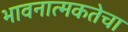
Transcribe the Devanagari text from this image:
भावनात्मकतेचा